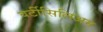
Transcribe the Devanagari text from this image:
वर्टीसिलिअम